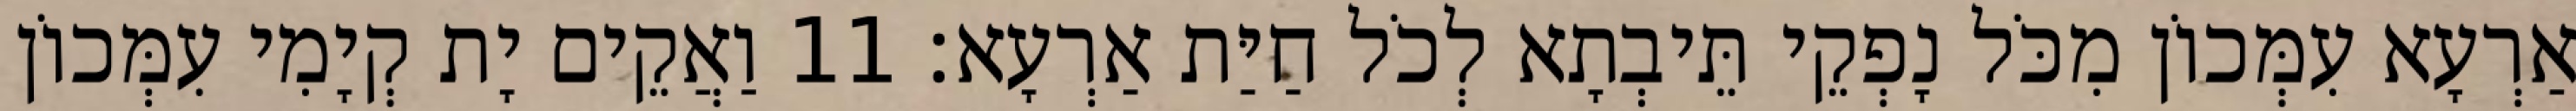
אַרְעָא עִמְּכוֹן מִכֹּל נָפְקֵי תֵּיבְתָא לְכֹל חַיַּת אַרְעָא׃ 11 וַאֲקֵים יָת קְיָמִי עִמְּכוֹן